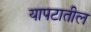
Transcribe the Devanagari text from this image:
यापटातील